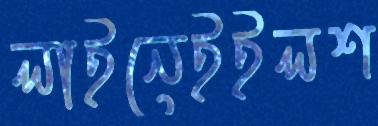
লাইনেইইলশ